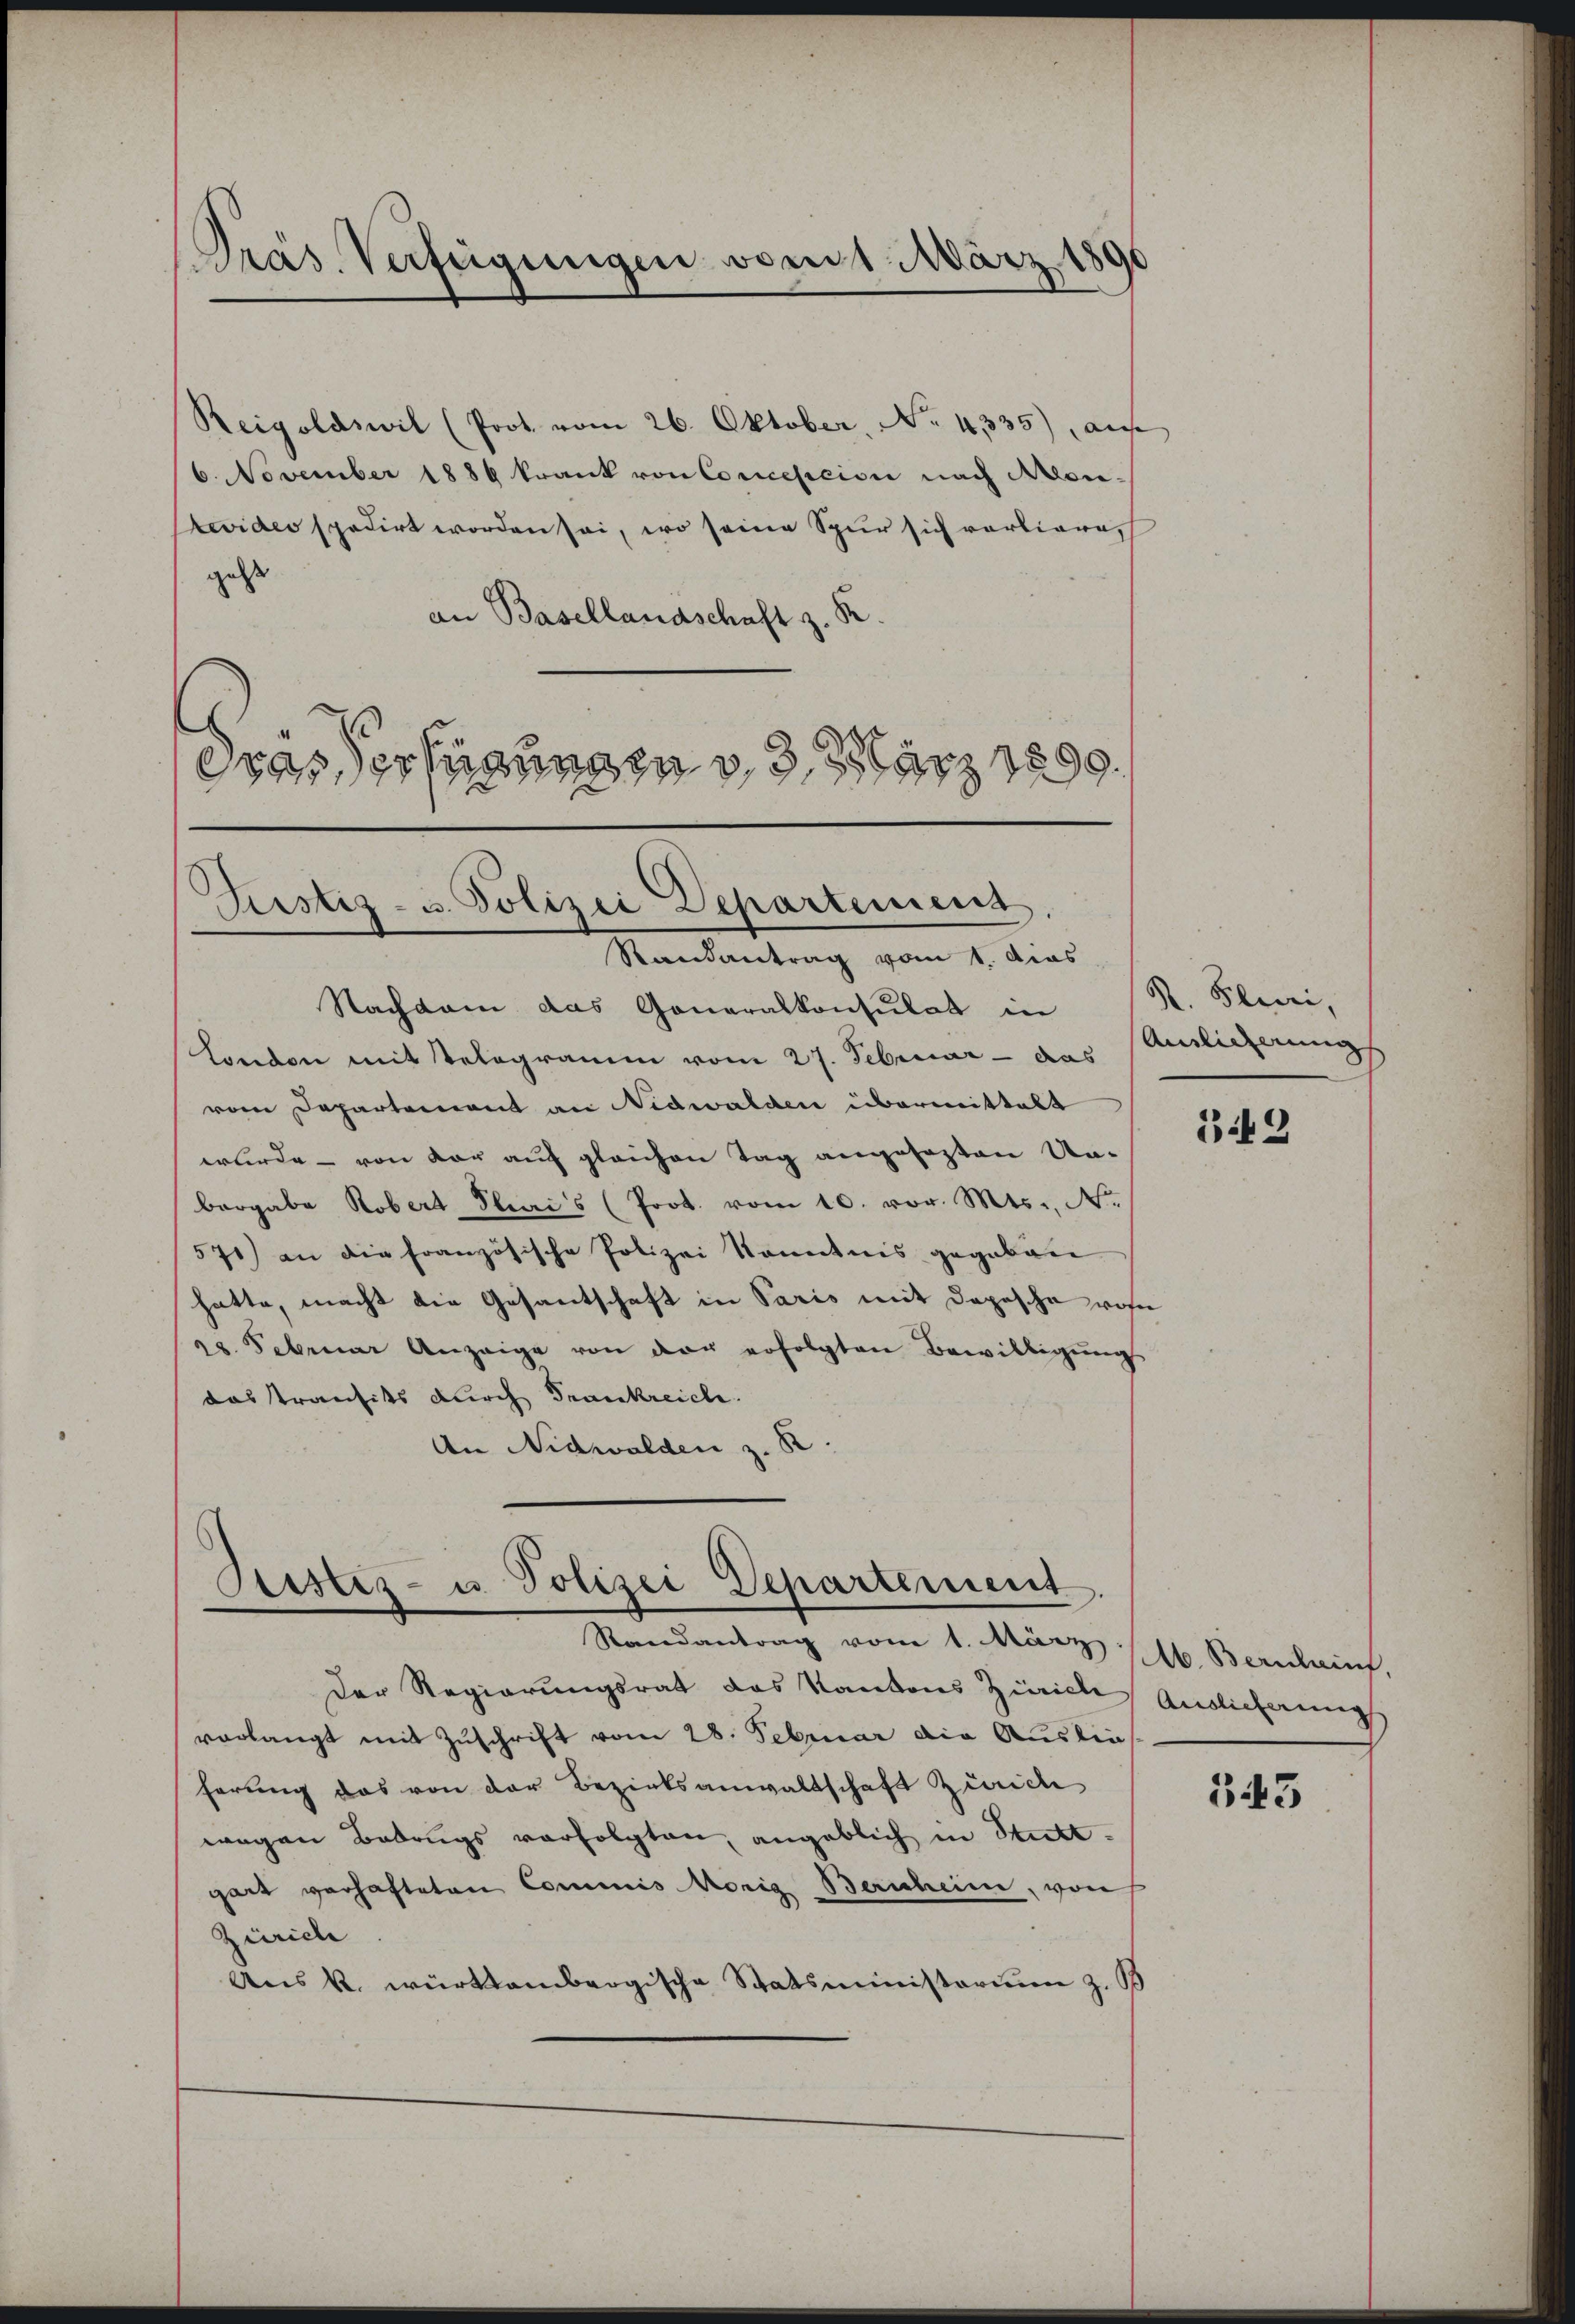
Präs. Verfügungen vom 1. März 1896

Reigoldswil (Prot. vom 26. Oktober, No. 4335) aus
6. November 1886 krank von Concescion nach Mon¬
Prevideo spedirt worden sei, wo seine Spur sich vorliere,
gest
an Basellandschaft z. R.
Das Verfügungen v. 3. März 1899.

Justiz- u. Polizei Departemens
Randantrag vom 1. Aus

Bester- u. Polizei Departement
Randantrag vom 1. März lb. Bernhauf,

Nachdem das Generalkonsulat in
London mit Telegramm vom 27. Februar - das
vom Departement an Nidwalden übermittelt
wurde - von der auf gleichen Tag angesezten Un-
bergabe Robert Plais (Prot. vom 10. vor. Mts., N.
571) an die französische Polizei Kenntnis gegeben
hatte, macht die Gesantschaft in Paris mit Depesche von
28. Februar Anzeige von der erfolgten Bewilligungs
das Transits durch Frankreich.
An Nidwalden z. B

R. Fluri,
Ainlicherungs

Der Regierungsrat das Kantons Zürich Auslieferung
vorlangt mit Zuschrift vom 28. Februar die Ausliehörung das von der Bezirksanwaltschaft Zürich
wegen Betrugs verfolgten, angeblich in Stuttgart verhafteten Commis Morig Bernheim, von
Zürich
Aus k. württembergische Statsministerium z. B

349

343